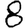
Digit: 8